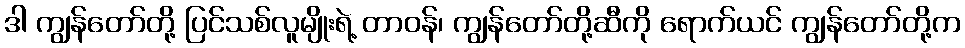
ဒါ ကျွန်တော်တို့ ပြင်သစ်လူမျိုးရဲ့ တာဝန်၊ ကျွန်တော်တို့ဆီကို ရောက်ယင် ကျွန်တော်တို့က